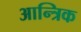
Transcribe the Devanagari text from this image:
आन्त्रिक